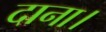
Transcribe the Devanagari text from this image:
दाना।